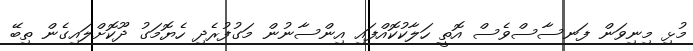
މުޅި މިނިވަން ފަނސާސްވެސް އޮތީ ހަލާކުކޮއްފައި އިންސާނުން މަގުފުރެދި ހެޔޮމަގު ދޫކޮށްލައިގެން ތިބޭ